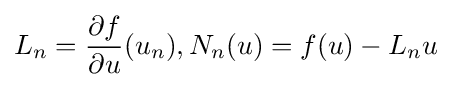
L_{n}={\frac {\partial f}{\partial u}}(u_{n}),N_{n}(u)=f(u)-L_{n}u